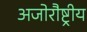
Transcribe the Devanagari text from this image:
अजोरौष्ट्रीय